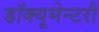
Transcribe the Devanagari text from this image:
डॉक्यूमेन्टरी